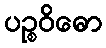
ပဉ္စဝိဓော